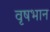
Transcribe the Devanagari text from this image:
वृषभान